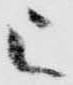
被